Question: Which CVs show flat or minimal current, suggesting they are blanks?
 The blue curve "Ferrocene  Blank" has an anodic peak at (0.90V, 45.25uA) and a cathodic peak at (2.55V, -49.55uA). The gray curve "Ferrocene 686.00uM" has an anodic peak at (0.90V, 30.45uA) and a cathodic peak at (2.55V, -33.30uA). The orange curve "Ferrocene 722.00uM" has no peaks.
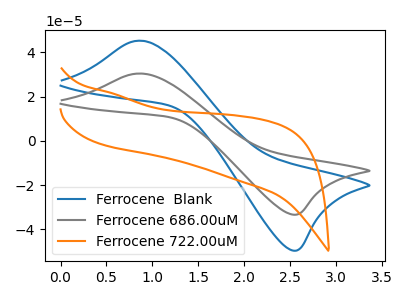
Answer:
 <answer>"Ferrocene 722.00uM" is likely to be a blank.</answer>
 <eval>Ferrocene 722.00uM</eval>